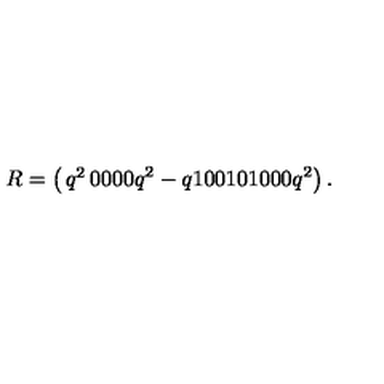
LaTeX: R = \left( \begin{matrix} { q ^ { 2 } } & { 0 } & { 0 } & { 0 } & { } \\ { 0 } & { q ^ { 2 } - q } & { 1 } & { 0 } & { } \\ { 0 } & { 1 } & { 0 } & { 1 } & { } \\ { 0 } & { 0 } & { 0 } & { q ^ { 2 } } & { } \\ \end{matrix} \right) .